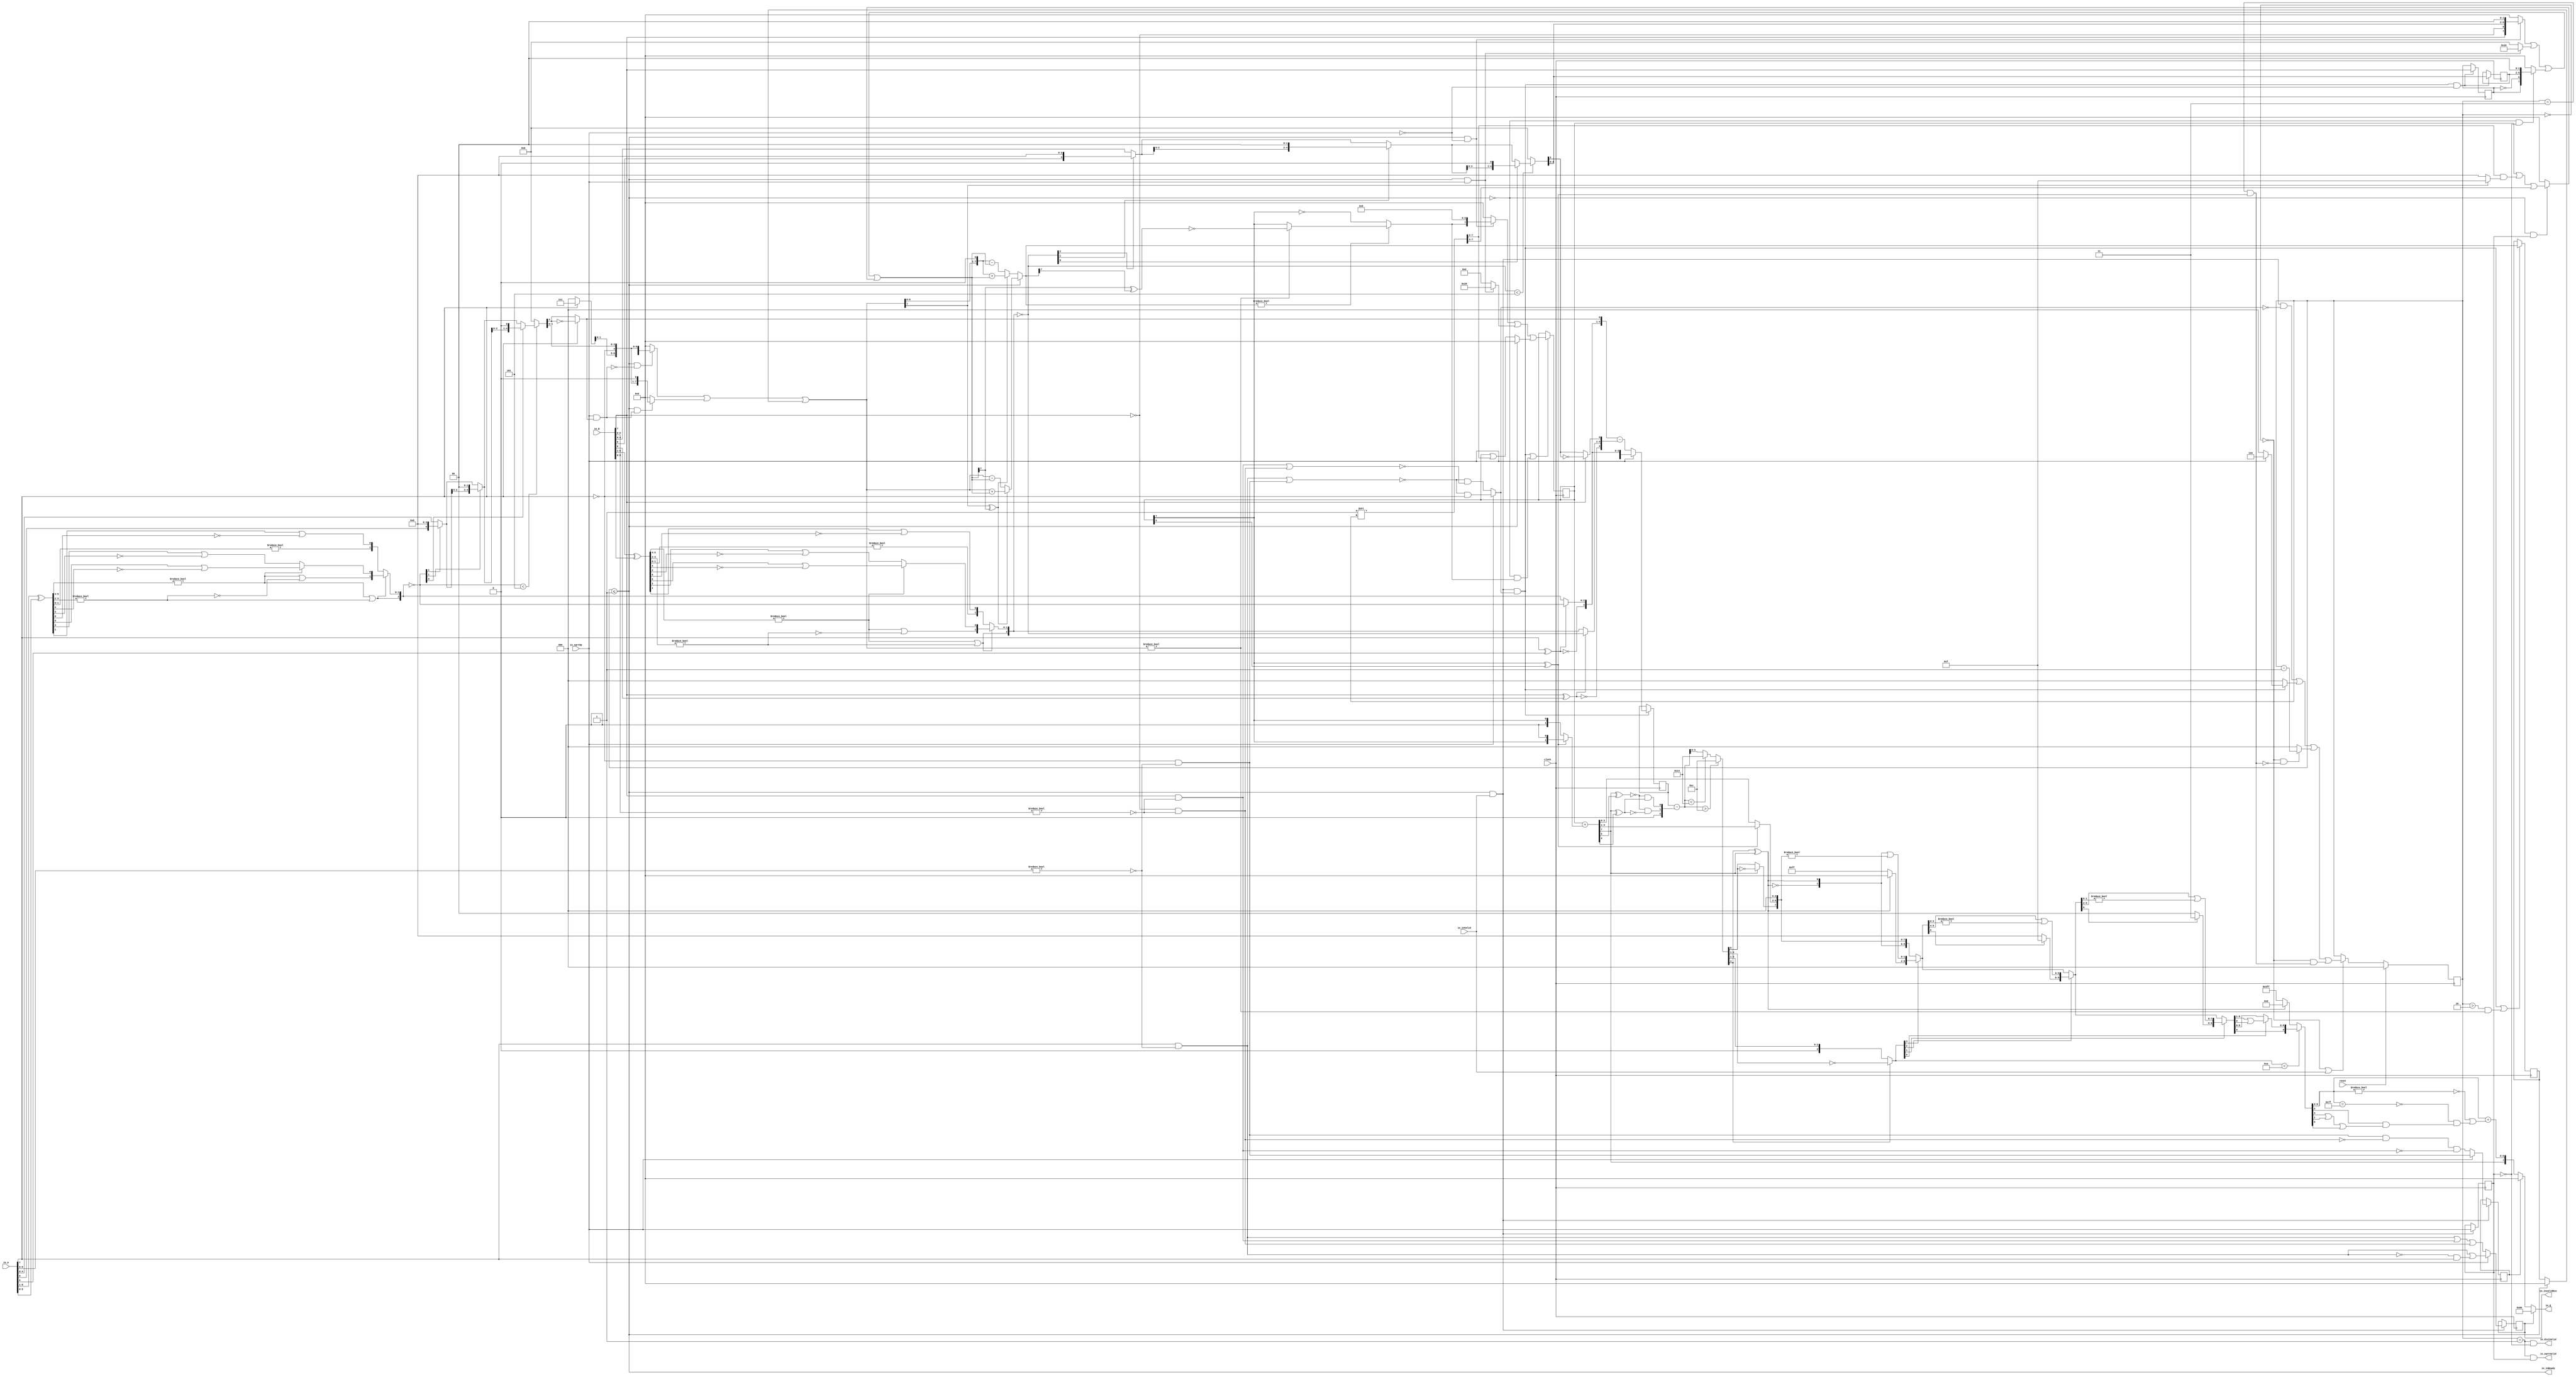
module PositDivSqrter8_1(
  input        clock,
  input        reset,
  output       io_inReady,
  input        io_inValid,
  input        io_sqrtOp,
  input  [7:0] io_A,
  input  [7:0] io_B,
  output       io_diviValid,
  output       io_sqrtValid,
  output       io_invalidExc,
  output [7:0] io_Q
);
  reg [2:0] cycleNum; // @[PositDivisionSqrt.scala 63:26]
  reg [31:0] _RAND_0;
  reg  sqrtOp_Z; // @[PositDivisionSqrt.scala 65:22]
  reg [31:0] _RAND_1;
  reg  isNaR_Z; // @[PositDivisionSqrt.scala 66:22]
  reg [31:0] _RAND_2;
  reg  isZero_Z; // @[PositDivisionSqrt.scala 67:22]
  reg [31:0] _RAND_3;
  reg [5:0] scale_Z; // @[PositDivisionSqrt.scala 68:22]
  reg [31:0] _RAND_4;
  reg  signB_Z; // @[PositDivisionSqrt.scala 69:28]
  reg [31:0] _RAND_5;
  reg [3:0] fractB_Z; // @[PositDivisionSqrt.scala 70:22]
  reg [31:0] _RAND_6;
  reg [7:0] rem_Z; // @[PositDivisionSqrt.scala 71:22]
  reg [31:0] _RAND_7;
  reg [7:0] sigX_Z; // @[PositDivisionSqrt.scala 72:22]
  reg [31:0] _RAND_8;
  wire  _T_1; // @[convert.scala 18:24]
  wire  _T_2; // @[convert.scala 18:40]
  wire  _T_3; // @[convert.scala 18:36]
  wire [5:0] _T_4; // @[convert.scala 19:24]
  wire [5:0] _T_5; // @[convert.scala 19:43]
  wire [5:0] _T_6; // @[convert.scala 19:39]
  wire [3:0] _T_7; // @[LZD.scala 43:32]
  wire [1:0] _T_8; // @[LZD.scala 43:32]
  wire  _T_9; // @[LZD.scala 39:14]
  wire  _T_10; // @[LZD.scala 39:21]
  wire  _T_11; // @[LZD.scala 39:30]
  wire  _T_12; // @[LZD.scala 39:27]
  wire  _T_13; // @[LZD.scala 39:25]
  wire [1:0] _T_14; // @[Cat.scala 29:58]
  wire [1:0] _T_15; // @[LZD.scala 44:32]
  wire  _T_16; // @[LZD.scala 39:14]
  wire  _T_17; // @[LZD.scala 39:21]
  wire  _T_18; // @[LZD.scala 39:30]
  wire  _T_19; // @[LZD.scala 39:27]
  wire  _T_20; // @[LZD.scala 39:25]
  wire [1:0] _T_21; // @[Cat.scala 29:58]
  wire  _T_22; // @[Shift.scala 12:21]
  wire  _T_23; // @[Shift.scala 12:21]
  wire  _T_24; // @[LZD.scala 49:16]
  wire  _T_25; // @[LZD.scala 49:27]
  wire  _T_26; // @[LZD.scala 49:25]
  wire  _T_27; // @[LZD.scala 49:47]
  wire  _T_28; // @[LZD.scala 49:59]
  wire  _T_29; // @[LZD.scala 49:35]
  wire [2:0] _T_31; // @[Cat.scala 29:58]
  wire [1:0] _T_32; // @[LZD.scala 44:32]
  wire  _T_33; // @[LZD.scala 39:14]
  wire  _T_34; // @[LZD.scala 39:21]
  wire  _T_35; // @[LZD.scala 39:30]
  wire  _T_36; // @[LZD.scala 39:27]
  wire  _T_37; // @[LZD.scala 39:25]
  wire [1:0] _T_38; // @[Cat.scala 29:58]
  wire  _T_39; // @[Shift.scala 12:21]
  wire [1:0] _T_41; // @[LZD.scala 55:32]
  wire [1:0] _T_42; // @[LZD.scala 55:20]
  wire [2:0] _T_43; // @[Cat.scala 29:58]
  wire [2:0] _T_44; // @[convert.scala 21:22]
  wire [4:0] _T_45; // @[convert.scala 22:36]
  wire  _T_46; // @[Shift.scala 16:24]
  wire  _T_48; // @[Shift.scala 12:21]
  wire  _T_49; // @[Shift.scala 64:52]
  wire [4:0] _T_51; // @[Cat.scala 29:58]
  wire [4:0] _T_52; // @[Shift.scala 64:27]
  wire [1:0] _T_53; // @[Shift.scala 66:70]
  wire  _T_54; // @[Shift.scala 12:21]
  wire [2:0] _T_55; // @[Shift.scala 64:52]
  wire [4:0] _T_57; // @[Cat.scala 29:58]
  wire [4:0] _T_58; // @[Shift.scala 64:27]
  wire  _T_59; // @[Shift.scala 66:70]
  wire [3:0] _T_61; // @[Shift.scala 64:52]
  wire [4:0] _T_62; // @[Cat.scala 29:58]
  wire [4:0] _T_63; // @[Shift.scala 64:27]
  wire [4:0] _T_64; // @[Shift.scala 16:10]
  wire  _T_65; // @[convert.scala 23:34]
  wire [3:0] decA_fraction; // @[convert.scala 24:34]
  wire  _T_67; // @[convert.scala 25:26]
  wire [2:0] _T_69; // @[convert.scala 25:42]
  wire  _T_72; // @[convert.scala 26:67]
  wire  _T_73; // @[convert.scala 26:51]
  wire [4:0] _T_74; // @[Cat.scala 29:58]
  wire [6:0] _T_76; // @[convert.scala 29:56]
  wire  _T_77; // @[convert.scala 29:60]
  wire  _T_78; // @[convert.scala 29:41]
  wire  decA_isNaR; // @[convert.scala 29:39]
  wire  _T_81; // @[convert.scala 30:19]
  wire  decA_isZero; // @[convert.scala 30:41]
  wire [4:0] decA_scale; // @[convert.scala 32:24]
  wire  _T_90; // @[convert.scala 18:24]
  wire  _T_91; // @[convert.scala 18:40]
  wire  _T_92; // @[convert.scala 18:36]
  wire [5:0] _T_93; // @[convert.scala 19:24]
  wire [5:0] _T_94; // @[convert.scala 19:43]
  wire [5:0] _T_95; // @[convert.scala 19:39]
  wire [3:0] _T_96; // @[LZD.scala 43:32]
  wire [1:0] _T_97; // @[LZD.scala 43:32]
  wire  _T_98; // @[LZD.scala 39:14]
  wire  _T_99; // @[LZD.scala 39:21]
  wire  _T_100; // @[LZD.scala 39:30]
  wire  _T_101; // @[LZD.scala 39:27]
  wire  _T_102; // @[LZD.scala 39:25]
  wire [1:0] _T_103; // @[Cat.scala 29:58]
  wire [1:0] _T_104; // @[LZD.scala 44:32]
  wire  _T_105; // @[LZD.scala 39:14]
  wire  _T_106; // @[LZD.scala 39:21]
  wire  _T_107; // @[LZD.scala 39:30]
  wire  _T_108; // @[LZD.scala 39:27]
  wire  _T_109; // @[LZD.scala 39:25]
  wire [1:0] _T_110; // @[Cat.scala 29:58]
  wire  _T_111; // @[Shift.scala 12:21]
  wire  _T_112; // @[Shift.scala 12:21]
  wire  _T_113; // @[LZD.scala 49:16]
  wire  _T_114; // @[LZD.scala 49:27]
  wire  _T_115; // @[LZD.scala 49:25]
  wire  _T_116; // @[LZD.scala 49:47]
  wire  _T_117; // @[LZD.scala 49:59]
  wire  _T_118; // @[LZD.scala 49:35]
  wire [2:0] _T_120; // @[Cat.scala 29:58]
  wire [1:0] _T_121; // @[LZD.scala 44:32]
  wire  _T_122; // @[LZD.scala 39:14]
  wire  _T_123; // @[LZD.scala 39:21]
  wire  _T_124; // @[LZD.scala 39:30]
  wire  _T_125; // @[LZD.scala 39:27]
  wire  _T_126; // @[LZD.scala 39:25]
  wire [1:0] _T_127; // @[Cat.scala 29:58]
  wire  _T_128; // @[Shift.scala 12:21]
  wire [1:0] _T_130; // @[LZD.scala 55:32]
  wire [1:0] _T_131; // @[LZD.scala 55:20]
  wire [2:0] _T_132; // @[Cat.scala 29:58]
  wire [2:0] _T_133; // @[convert.scala 21:22]
  wire [4:0] _T_134; // @[convert.scala 22:36]
  wire  _T_135; // @[Shift.scala 16:24]
  wire  _T_137; // @[Shift.scala 12:21]
  wire  _T_138; // @[Shift.scala 64:52]
  wire [4:0] _T_140; // @[Cat.scala 29:58]
  wire [4:0] _T_141; // @[Shift.scala 64:27]
  wire [1:0] _T_142; // @[Shift.scala 66:70]
  wire  _T_143; // @[Shift.scala 12:21]
  wire [2:0] _T_144; // @[Shift.scala 64:52]
  wire [4:0] _T_146; // @[Cat.scala 29:58]
  wire [4:0] _T_147; // @[Shift.scala 64:27]
  wire  _T_148; // @[Shift.scala 66:70]
  wire [3:0] _T_150; // @[Shift.scala 64:52]
  wire [4:0] _T_151; // @[Cat.scala 29:58]
  wire [4:0] _T_152; // @[Shift.scala 64:27]
  wire [4:0] _T_153; // @[Shift.scala 16:10]
  wire  _T_154; // @[convert.scala 23:34]
  wire [3:0] decB_fraction; // @[convert.scala 24:34]
  wire  _T_156; // @[convert.scala 25:26]
  wire [2:0] _T_158; // @[convert.scala 25:42]
  wire  _T_161; // @[convert.scala 26:67]
  wire  _T_162; // @[convert.scala 26:51]
  wire [4:0] _T_163; // @[Cat.scala 29:58]
  wire [6:0] _T_165; // @[convert.scala 29:56]
  wire  _T_166; // @[convert.scala 29:60]
  wire  _T_167; // @[convert.scala 29:41]
  wire  decB_isNaR; // @[convert.scala 29:39]
  wire  _T_170; // @[convert.scala 30:19]
  wire  decB_isZero; // @[convert.scala 30:41]
  wire [4:0] decB_scale; // @[convert.scala 32:24]
  wire [2:0] _T_179; // @[Bitwise.scala 71:12]
  wire  _T_180; // @[PositDivisionSqrt.scala 80:40]
  wire [7:0] sigA_S; // @[Cat.scala 29:58]
  wire  _T_182; // @[PositDivisionSqrt.scala 82:31]
  wire [7:0] sigB_S; // @[Cat.scala 29:58]
  wire  _T_185; // @[PositDivisionSqrt.scala 85:25]
  wire  invalidSqrt; // @[PositDivisionSqrt.scala 85:37]
  wire  _T_186; // @[PositDivisionSqrt.scala 88:42]
  wire  _T_187; // @[PositDivisionSqrt.scala 89:42]
  wire  _T_188; // @[PositDivisionSqrt.scala 89:56]
  wire  _T_189; // @[PositDivisionSqrt.scala 94:46]
  wire  _T_190; // @[PositDivisionSqrt.scala 94:43]
  wire  _T_191; // @[PositDivisionSqrt.scala 94:62]
  wire  _T_192; // @[PositDivisionSqrt.scala 94:59]
  wire  specialCaseA_S; // @[PositDivisionSqrt.scala 97:38]
  wire  specialCaseB_S; // @[PositDivisionSqrt.scala 98:38]
  wire  _T_193; // @[PositDivisionSqrt.scala 99:27]
  wire  _T_194; // @[PositDivisionSqrt.scala 99:46]
  wire  normalCase_S_div; // @[PositDivisionSqrt.scala 99:43]
  wire  normalCase_S_sqrt; // @[PositDivisionSqrt.scala 100:43]
  wire  normalCase_S; // @[PositDivisionSqrt.scala 101:30]
  wire [5:0] sExpQuot_S_div; // @[PositDivisionSqrt.scala 103:38]
  wire  _T_197; // @[PositDivisionSqrt.scala 104:50]
  wire  oddSqrt_S; // @[PositDivisionSqrt.scala 104:37]
  wire  idle; // @[PositDivisionSqrt.scala 109:39]
  wire  ready; // @[PositDivisionSqrt.scala 110:39]
  wire  entering; // @[PositDivisionSqrt.scala 111:35]
  wire  entering_normalCase; // @[PositDivisionSqrt.scala 112:38]
  wire  _T_198; // @[PositDivisionSqrt.scala 113:35]
  wire  _T_199; // @[PositDivisionSqrt.scala 113:58]
  wire  scaleNotChange; // @[PositDivisionSqrt.scala 113:50]
  wire  _T_200; // @[PositDivisionSqrt.scala 114:39]
  wire  skipCycle2; // @[PositDivisionSqrt.scala 114:48]
  wire  _T_201; // @[PositDivisionSqrt.scala 116:8]
  wire  _T_202; // @[PositDivisionSqrt.scala 116:14]
  wire  _T_203; // @[PositDivisionSqrt.scala 117:32]
  wire  _T_204; // @[PositDivisionSqrt.scala 117:30]
  wire [3:0] _T_206; // @[PositDivisionSqrt.scala 119:26]
  wire [3:0] _T_207; // @[PositDivisionSqrt.scala 118:20]
  wire [3:0] _GEN_9; // @[PositDivisionSqrt.scala 117:64]
  wire [3:0] _T_208; // @[PositDivisionSqrt.scala 117:64]
  wire  _T_210; // @[PositDivisionSqrt.scala 123:30]
  wire  _T_211; // @[PositDivisionSqrt.scala 123:27]
  wire [2:0] _T_213; // @[PositDivisionSqrt.scala 123:52]
  wire [2:0] _T_214; // @[PositDivisionSqrt.scala 123:20]
  wire [3:0] _GEN_10; // @[PositDivisionSqrt.scala 122:64]
  wire [3:0] _T_215; // @[PositDivisionSqrt.scala 122:64]
  wire  _T_217; // @[PositDivisionSqrt.scala 124:27]
  wire [3:0] _GEN_11; // @[PositDivisionSqrt.scala 123:64]
  wire [3:0] _T_219; // @[PositDivisionSqrt.scala 123:64]
  wire [3:0] _GEN_0; // @[PositDivisionSqrt.scala 116:29]
  wire [3:0] _T_220; // @[PositDivisionSqrt.scala 134:42]
  wire  _T_222; // @[PositDivisionSqrt.scala 137:31]
  wire  _T_223; // @[PositDivisionSqrt.scala 137:28]
  wire [7:0] _T_224; // @[PositDivisionSqrt.scala 146:22]
  wire [5:0] _T_225; // @[PositDivisionSqrt.scala 146:35]
  wire  _T_226; // @[PositDivisionSqrt.scala 148:26]
  wire  _T_227; // @[PositDivisionSqrt.scala 148:23]
  wire [7:0] _T_228; // @[PositDivisionSqrt.scala 148:16]
  wire  _T_229; // @[PositDivisionSqrt.scala 149:23]
  wire [8:0] _T_230; // @[PositDivisionSqrt.scala 149:46]
  wire [7:0] _T_231; // @[PositDivisionSqrt.scala 149:56]
  wire [7:0] _T_232; // @[PositDivisionSqrt.scala 149:16]
  wire [7:0] _T_233; // @[PositDivisionSqrt.scala 148:66]
  wire  _T_234; // @[PositDivisionSqrt.scala 150:17]
  wire [7:0] _T_235; // @[PositDivisionSqrt.scala 150:16]
  wire [7:0] rem; // @[PositDivisionSqrt.scala 149:66]
  wire  _T_237; // @[PositDivisionSqrt.scala 152:29]
  wire [7:0] _T_238; // @[PositDivisionSqrt.scala 152:22]
  wire  _T_239; // @[PositDivisionSqrt.scala 153:29]
  wire [4:0] _T_240; // @[PositDivisionSqrt.scala 153:22]
  wire [7:0] _GEN_12; // @[PositDivisionSqrt.scala 152:93]
  wire [7:0] _T_241; // @[PositDivisionSqrt.scala 152:93]
  wire  _T_243; // @[PositDivisionSqrt.scala 154:33]
  wire  _T_244; // @[PositDivisionSqrt.scala 154:30]
  wire  _T_245; // @[PositDivisionSqrt.scala 154:57]
  wire [7:0] _T_248; // @[Cat.scala 29:58]
  wire [7:0] _T_249; // @[PositDivisionSqrt.scala 154:22]
  wire [7:0] _T_250; // @[PositDivisionSqrt.scala 153:93]
  wire  _T_252; // @[PositDivisionSqrt.scala 155:30]
  wire  _T_253; // @[PositDivisionSqrt.scala 156:79]
  wire [3:0] _T_255; // @[Bitwise.scala 71:12]
  wire [6:0] bitMask; // @[PositDivisionSqrt.scala 145:21 PositDivisionSqrt.scala 146:14]
  wire [6:0] _GEN_13; // @[PositDivisionSqrt.scala 156:53]
  wire [6:0] _T_256; // @[PositDivisionSqrt.scala 156:53]
  wire [7:0] _GEN_14; // @[PositDivisionSqrt.scala 155:51]
  wire [7:0] _T_257; // @[PositDivisionSqrt.scala 155:51]
  wire [5:0] _T_258; // @[PositDivisionSqrt.scala 157:53]
  wire [7:0] _GEN_15; // @[PositDivisionSqrt.scala 156:85]
  wire [7:0] _T_259; // @[PositDivisionSqrt.scala 156:85]
  wire [7:0] _T_260; // @[PositDivisionSqrt.scala 155:22]
  wire [7:0] trialTerm; // @[PositDivisionSqrt.scala 154:93]
  wire  _T_262; // @[PositDivisionSqrt.scala 162:56]
  wire  _T_263; // @[PositDivisionSqrt.scala 162:40]
  wire [7:0] _T_266; // @[PositDivisionSqrt.scala 163:97]
  wire [7:0] _T_268; // @[PositDivisionSqrt.scala 164:97]
  wire [7:0] _T_269; // @[PositDivisionSqrt.scala 161:92]
  wire [8:0] _T_274; // @[PositDivisionSqrt.scala 168:98]
  wire [7:0] _T_275; // @[PositDivisionSqrt.scala 168:108]
  wire [7:0] _T_277; // @[PositDivisionSqrt.scala 168:112]
  wire [7:0] _T_281; // @[PositDivisionSqrt.scala 169:112]
  wire [7:0] _T_282; // @[PositDivisionSqrt.scala 166:26]
  wire [7:0] trialRem; // @[PositDivisionSqrt.scala 159:27]
  wire  _T_283; // @[PositDivisionSqrt.scala 173:35]
  wire  trIsZero; // @[PositDivisionSqrt.scala 173:25]
  wire  _T_284; // @[PositDivisionSqrt.scala 174:30]
  wire  remIsZero; // @[PositDivisionSqrt.scala 174:25]
  wire  _T_286; // @[PositDivisionSqrt.scala 176:64]
  wire  _T_287; // @[PositDivisionSqrt.scala 176:49]
  wire  _T_288; // @[PositDivisionSqrt.scala 176:29]
  wire  _T_289; // @[PositDivisionSqrt.scala 178:61]
  wire  _T_290; // @[PositDivisionSqrt.scala 178:49]
  wire  _T_292; // @[Mux.scala 87:16]
  wire  newBit; // @[Mux.scala 87:16]
  wire  _T_293; // @[PositDivisionSqrt.scala 183:41]
  wire  _T_294; // @[PositDivisionSqrt.scala 183:51]
  wire  _T_295; // @[PositDivisionSqrt.scala 183:48]
  wire  _T_296; // @[PositDivisionSqrt.scala 183:28]
  wire  _T_299; // @[PositDivisionSqrt.scala 187:39]
  wire  _T_300; // @[PositDivisionSqrt.scala 187:28]
  wire [7:0] _T_303; // @[PositDivisionSqrt.scala 188:47]
  wire [7:0] _T_304; // @[PositDivisionSqrt.scala 188:18]
  wire [5:0] _T_306; // @[PositDivisionSqrt.scala 189:18]
  wire [7:0] _GEN_16; // @[PositDivisionSqrt.scala 188:72]
  wire [7:0] _T_307; // @[PositDivisionSqrt.scala 188:72]
  wire [7:0] _GEN_17; // @[PositDivisionSqrt.scala 190:47]
  wire [7:0] _T_309; // @[PositDivisionSqrt.scala 190:47]
  wire [7:0] _T_310; // @[PositDivisionSqrt.scala 190:18]
  wire [7:0] _T_311; // @[PositDivisionSqrt.scala 189:72]
  wire [1:0] _T_313; // @[PositDivisionSqrt.scala 196:53]
  wire [1:0] sigXBias; // @[PositDivisionSqrt.scala 196:21]
  wire [7:0] _GEN_18; // @[PositDivisionSqrt.scala 197:25]
  wire [7:0] realSigX; // @[PositDivisionSqrt.scala 197:25]
  wire [3:0] _T_316; // @[PositDivisionSqrt.scala 200:97]
  wire [3:0] _T_317; // @[PositDivisionSqrt.scala 201:97]
  wire [3:0] realFrac; // @[PositDivisionSqrt.scala 198:21]
  wire  _T_318; // @[PositDivisionSqrt.scala 205:33]
  wire  _T_319; // @[PositDivisionSqrt.scala 205:58]
  wire  _T_320; // @[PositDivisionSqrt.scala 205:48]
  wire  scaleNeedSub; // @[PositDivisionSqrt.scala 205:23]
  wire  _T_322; // @[PositDivisionSqrt.scala 206:56]
  wire  notNeedSubTwo; // @[PositDivisionSqrt.scala 206:46]
  wire  scaleSubOne; // @[PositDivisionSqrt.scala 207:36]
  wire  _T_323; // @[PositDivisionSqrt.scala 208:38]
  wire  scaleSubTwo; // @[PositDivisionSqrt.scala 208:36]
  wire [1:0] _T_324; // @[Cat.scala 29:58]
  wire [2:0] _T_325; // @[PositDivisionSqrt.scala 209:63]
  wire [5:0] _GEN_19; // @[PositDivisionSqrt.scala 209:31]
  wire [5:0] _T_327; // @[PositDivisionSqrt.scala 209:31]
  wire [5:0] realExp; // @[PositDivisionSqrt.scala 209:31]
  wire  underflow; // @[PositDivisionSqrt.scala 210:31]
  wire  overflow; // @[PositDivisionSqrt.scala 211:31]
  wire  decQ_sign; // @[PositDivisionSqrt.scala 215:33]
  wire [5:0] _T_329; // @[Mux.scala 87:16]
  wire [5:0] _T_330; // @[Mux.scala 87:16]
  wire  outValid; // @[PositDivisionSqrt.scala 229:28]
  wire [4:0] _GEN_20; // @[PositDivisionSqrt.scala 204:27 PositDivisionSqrt.scala 216:23]
  wire [4:0] decQ_scale; // @[PositDivisionSqrt.scala 204:27 PositDivisionSqrt.scala 216:23]
  wire  _T_335; // @[convert.scala 46:61]
  wire  _T_336; // @[convert.scala 46:52]
  wire  _T_338; // @[convert.scala 46:42]
  wire [3:0] _T_339; // @[convert.scala 48:34]
  wire  _T_340; // @[convert.scala 49:36]
  wire [3:0] _T_342; // @[convert.scala 50:36]
  wire [3:0] _T_343; // @[convert.scala 50:36]
  wire [3:0] _T_344; // @[convert.scala 50:28]
  wire  _T_345; // @[convert.scala 51:31]
  wire  _T_346; // @[convert.scala 52:43]
  wire [9:0] _T_350; // @[Cat.scala 29:58]
  wire [3:0] _T_351; // @[Shift.scala 39:17]
  wire  _T_352; // @[Shift.scala 39:24]
  wire [1:0] _T_354; // @[Shift.scala 90:30]
  wire [7:0] _T_355; // @[Shift.scala 90:48]
  wire  _T_356; // @[Shift.scala 90:57]
  wire [1:0] _GEN_21; // @[Shift.scala 90:39]
  wire [1:0] _T_357; // @[Shift.scala 90:39]
  wire  _T_358; // @[Shift.scala 12:21]
  wire  _T_359; // @[Shift.scala 12:21]
  wire [7:0] _T_361; // @[Bitwise.scala 71:12]
  wire [9:0] _T_362; // @[Cat.scala 29:58]
  wire [9:0] _T_363; // @[Shift.scala 91:22]
  wire [2:0] _T_364; // @[Shift.scala 92:77]
  wire [5:0] _T_365; // @[Shift.scala 90:30]
  wire [3:0] _T_366; // @[Shift.scala 90:48]
  wire  _T_367; // @[Shift.scala 90:57]
  wire [5:0] _GEN_22; // @[Shift.scala 90:39]
  wire [5:0] _T_368; // @[Shift.scala 90:39]
  wire  _T_369; // @[Shift.scala 12:21]
  wire  _T_370; // @[Shift.scala 12:21]
  wire [3:0] _T_372; // @[Bitwise.scala 71:12]
  wire [9:0] _T_373; // @[Cat.scala 29:58]
  wire [9:0] _T_374; // @[Shift.scala 91:22]
  wire [1:0] _T_375; // @[Shift.scala 92:77]
  wire [7:0] _T_376; // @[Shift.scala 90:30]
  wire [1:0] _T_377; // @[Shift.scala 90:48]
  wire  _T_378; // @[Shift.scala 90:57]
  wire [7:0] _GEN_23; // @[Shift.scala 90:39]
  wire [7:0] _T_379; // @[Shift.scala 90:39]
  wire  _T_380; // @[Shift.scala 12:21]
  wire  _T_381; // @[Shift.scala 12:21]
  wire [1:0] _T_383; // @[Bitwise.scala 71:12]
  wire [9:0] _T_384; // @[Cat.scala 29:58]
  wire [9:0] _T_385; // @[Shift.scala 91:22]
  wire  _T_386; // @[Shift.scala 92:77]
  wire [8:0] _T_387; // @[Shift.scala 90:30]
  wire  _T_388; // @[Shift.scala 90:48]
  wire [8:0] _GEN_24; // @[Shift.scala 90:39]
  wire [8:0] _T_390; // @[Shift.scala 90:39]
  wire  _T_392; // @[Shift.scala 12:21]
  wire [9:0] _T_393; // @[Cat.scala 29:58]
  wire [9:0] _T_394; // @[Shift.scala 91:22]
  wire [9:0] _T_397; // @[Bitwise.scala 71:12]
  wire [9:0] _T_398; // @[Shift.scala 39:10]
  wire  _T_399; // @[convert.scala 55:31]
  wire  _T_400; // @[convert.scala 56:31]
  wire  _T_401; // @[convert.scala 57:31]
  wire  _T_402; // @[convert.scala 58:31]
  wire [6:0] _T_403; // @[convert.scala 59:69]
  wire  _T_404; // @[convert.scala 59:81]
  wire  _T_405; // @[convert.scala 59:50]
  wire  _T_407; // @[convert.scala 60:81]
  wire  _T_408; // @[convert.scala 61:44]
  wire  _T_409; // @[convert.scala 61:52]
  wire  _T_410; // @[convert.scala 61:36]
  wire  _T_411; // @[convert.scala 62:63]
  wire  _T_412; // @[convert.scala 62:103]
  wire  _T_413; // @[convert.scala 62:60]
  wire [6:0] _GEN_25; // @[convert.scala 63:56]
  wire [6:0] _T_416; // @[convert.scala 63:56]
  wire [7:0] _T_417; // @[Cat.scala 29:58]
  wire [7:0] _T_419; // @[Mux.scala 87:16]
  assign _T_1 = io_A[7]; // @[convert.scala 18:24]
  assign _T_2 = io_A[6]; // @[convert.scala 18:40]
  assign _T_3 = _T_1 ^ _T_2; // @[convert.scala 18:36]
  assign _T_4 = io_A[6:1]; // @[convert.scala 19:24]
  assign _T_5 = io_A[5:0]; // @[convert.scala 19:43]
  assign _T_6 = _T_4 ^ _T_5; // @[convert.scala 19:39]
  assign _T_7 = _T_6[5:2]; // @[LZD.scala 43:32]
  assign _T_8 = _T_7[3:2]; // @[LZD.scala 43:32]
  assign _T_9 = _T_8 != 2'h0; // @[LZD.scala 39:14]
  assign _T_10 = _T_8[1]; // @[LZD.scala 39:21]
  assign _T_11 = _T_8[0]; // @[LZD.scala 39:30]
  assign _T_12 = ~ _T_11; // @[LZD.scala 39:27]
  assign _T_13 = _T_10 | _T_12; // @[LZD.scala 39:25]
  assign _T_14 = {_T_9,_T_13}; // @[Cat.scala 29:58]
  assign _T_15 = _T_7[1:0]; // @[LZD.scala 44:32]
  assign _T_16 = _T_15 != 2'h0; // @[LZD.scala 39:14]
  assign _T_17 = _T_15[1]; // @[LZD.scala 39:21]
  assign _T_18 = _T_15[0]; // @[LZD.scala 39:30]
  assign _T_19 = ~ _T_18; // @[LZD.scala 39:27]
  assign _T_20 = _T_17 | _T_19; // @[LZD.scala 39:25]
  assign _T_21 = {_T_16,_T_20}; // @[Cat.scala 29:58]
  assign _T_22 = _T_14[1]; // @[Shift.scala 12:21]
  assign _T_23 = _T_21[1]; // @[Shift.scala 12:21]
  assign _T_24 = _T_22 | _T_23; // @[LZD.scala 49:16]
  assign _T_25 = ~ _T_23; // @[LZD.scala 49:27]
  assign _T_26 = _T_22 | _T_25; // @[LZD.scala 49:25]
  assign _T_27 = _T_14[0:0]; // @[LZD.scala 49:47]
  assign _T_28 = _T_21[0:0]; // @[LZD.scala 49:59]
  assign _T_29 = _T_22 ? _T_27 : _T_28; // @[LZD.scala 49:35]
  assign _T_31 = {_T_24,_T_26,_T_29}; // @[Cat.scala 29:58]
  assign _T_32 = _T_6[1:0]; // @[LZD.scala 44:32]
  assign _T_33 = _T_32 != 2'h0; // @[LZD.scala 39:14]
  assign _T_34 = _T_32[1]; // @[LZD.scala 39:21]
  assign _T_35 = _T_32[0]; // @[LZD.scala 39:30]
  assign _T_36 = ~ _T_35; // @[LZD.scala 39:27]
  assign _T_37 = _T_34 | _T_36; // @[LZD.scala 39:25]
  assign _T_38 = {_T_33,_T_37}; // @[Cat.scala 29:58]
  assign _T_39 = _T_31[2]; // @[Shift.scala 12:21]
  assign _T_41 = _T_31[1:0]; // @[LZD.scala 55:32]
  assign _T_42 = _T_39 ? _T_41 : _T_38; // @[LZD.scala 55:20]
  assign _T_43 = {_T_39,_T_42}; // @[Cat.scala 29:58]
  assign _T_44 = ~ _T_43; // @[convert.scala 21:22]
  assign _T_45 = io_A[4:0]; // @[convert.scala 22:36]
  assign _T_46 = _T_44 < 3'h5; // @[Shift.scala 16:24]
  assign _T_48 = _T_44[2]; // @[Shift.scala 12:21]
  assign _T_49 = _T_45[0:0]; // @[Shift.scala 64:52]
  assign _T_51 = {_T_49,4'h0}; // @[Cat.scala 29:58]
  assign _T_52 = _T_48 ? _T_51 : _T_45; // @[Shift.scala 64:27]
  assign _T_53 = _T_44[1:0]; // @[Shift.scala 66:70]
  assign _T_54 = _T_53[1]; // @[Shift.scala 12:21]
  assign _T_55 = _T_52[2:0]; // @[Shift.scala 64:52]
  assign _T_57 = {_T_55,2'h0}; // @[Cat.scala 29:58]
  assign _T_58 = _T_54 ? _T_57 : _T_52; // @[Shift.scala 64:27]
  assign _T_59 = _T_53[0:0]; // @[Shift.scala 66:70]
  assign _T_61 = _T_58[3:0]; // @[Shift.scala 64:52]
  assign _T_62 = {_T_61,1'h0}; // @[Cat.scala 29:58]
  assign _T_63 = _T_59 ? _T_62 : _T_58; // @[Shift.scala 64:27]
  assign _T_64 = _T_46 ? _T_63 : 5'h0; // @[Shift.scala 16:10]
  assign _T_65 = _T_64[4:4]; // @[convert.scala 23:34]
  assign decA_fraction = _T_64[3:0]; // @[convert.scala 24:34]
  assign _T_67 = _T_3 == 1'h0; // @[convert.scala 25:26]
  assign _T_69 = _T_3 ? _T_44 : _T_43; // @[convert.scala 25:42]
  assign _T_72 = ~ _T_65; // @[convert.scala 26:67]
  assign _T_73 = _T_1 ? _T_72 : _T_65; // @[convert.scala 26:51]
  assign _T_74 = {_T_67,_T_69,_T_73}; // @[Cat.scala 29:58]
  assign _T_76 = io_A[6:0]; // @[convert.scala 29:56]
  assign _T_77 = _T_76 != 7'h0; // @[convert.scala 29:60]
  assign _T_78 = ~ _T_77; // @[convert.scala 29:41]
  assign decA_isNaR = _T_1 & _T_78; // @[convert.scala 29:39]
  assign _T_81 = _T_1 == 1'h0; // @[convert.scala 30:19]
  assign decA_isZero = _T_81 & _T_78; // @[convert.scala 30:41]
  assign decA_scale = $signed(_T_74); // @[convert.scala 32:24]
  assign _T_90 = io_B[7]; // @[convert.scala 18:24]
  assign _T_91 = io_B[6]; // @[convert.scala 18:40]
  assign _T_92 = _T_90 ^ _T_91; // @[convert.scala 18:36]
  assign _T_93 = io_B[6:1]; // @[convert.scala 19:24]
  assign _T_94 = io_B[5:0]; // @[convert.scala 19:43]
  assign _T_95 = _T_93 ^ _T_94; // @[convert.scala 19:39]
  assign _T_96 = _T_95[5:2]; // @[LZD.scala 43:32]
  assign _T_97 = _T_96[3:2]; // @[LZD.scala 43:32]
  assign _T_98 = _T_97 != 2'h0; // @[LZD.scala 39:14]
  assign _T_99 = _T_97[1]; // @[LZD.scala 39:21]
  assign _T_100 = _T_97[0]; // @[LZD.scala 39:30]
  assign _T_101 = ~ _T_100; // @[LZD.scala 39:27]
  assign _T_102 = _T_99 | _T_101; // @[LZD.scala 39:25]
  assign _T_103 = {_T_98,_T_102}; // @[Cat.scala 29:58]
  assign _T_104 = _T_96[1:0]; // @[LZD.scala 44:32]
  assign _T_105 = _T_104 != 2'h0; // @[LZD.scala 39:14]
  assign _T_106 = _T_104[1]; // @[LZD.scala 39:21]
  assign _T_107 = _T_104[0]; // @[LZD.scala 39:30]
  assign _T_108 = ~ _T_107; // @[LZD.scala 39:27]
  assign _T_109 = _T_106 | _T_108; // @[LZD.scala 39:25]
  assign _T_110 = {_T_105,_T_109}; // @[Cat.scala 29:58]
  assign _T_111 = _T_103[1]; // @[Shift.scala 12:21]
  assign _T_112 = _T_110[1]; // @[Shift.scala 12:21]
  assign _T_113 = _T_111 | _T_112; // @[LZD.scala 49:16]
  assign _T_114 = ~ _T_112; // @[LZD.scala 49:27]
  assign _T_115 = _T_111 | _T_114; // @[LZD.scala 49:25]
  assign _T_116 = _T_103[0:0]; // @[LZD.scala 49:47]
  assign _T_117 = _T_110[0:0]; // @[LZD.scala 49:59]
  assign _T_118 = _T_111 ? _T_116 : _T_117; // @[LZD.scala 49:35]
  assign _T_120 = {_T_113,_T_115,_T_118}; // @[Cat.scala 29:58]
  assign _T_121 = _T_95[1:0]; // @[LZD.scala 44:32]
  assign _T_122 = _T_121 != 2'h0; // @[LZD.scala 39:14]
  assign _T_123 = _T_121[1]; // @[LZD.scala 39:21]
  assign _T_124 = _T_121[0]; // @[LZD.scala 39:30]
  assign _T_125 = ~ _T_124; // @[LZD.scala 39:27]
  assign _T_126 = _T_123 | _T_125; // @[LZD.scala 39:25]
  assign _T_127 = {_T_122,_T_126}; // @[Cat.scala 29:58]
  assign _T_128 = _T_120[2]; // @[Shift.scala 12:21]
  assign _T_130 = _T_120[1:0]; // @[LZD.scala 55:32]
  assign _T_131 = _T_128 ? _T_130 : _T_127; // @[LZD.scala 55:20]
  assign _T_132 = {_T_128,_T_131}; // @[Cat.scala 29:58]
  assign _T_133 = ~ _T_132; // @[convert.scala 21:22]
  assign _T_134 = io_B[4:0]; // @[convert.scala 22:36]
  assign _T_135 = _T_133 < 3'h5; // @[Shift.scala 16:24]
  assign _T_137 = _T_133[2]; // @[Shift.scala 12:21]
  assign _T_138 = _T_134[0:0]; // @[Shift.scala 64:52]
  assign _T_140 = {_T_138,4'h0}; // @[Cat.scala 29:58]
  assign _T_141 = _T_137 ? _T_140 : _T_134; // @[Shift.scala 64:27]
  assign _T_142 = _T_133[1:0]; // @[Shift.scala 66:70]
  assign _T_143 = _T_142[1]; // @[Shift.scala 12:21]
  assign _T_144 = _T_141[2:0]; // @[Shift.scala 64:52]
  assign _T_146 = {_T_144,2'h0}; // @[Cat.scala 29:58]
  assign _T_147 = _T_143 ? _T_146 : _T_141; // @[Shift.scala 64:27]
  assign _T_148 = _T_142[0:0]; // @[Shift.scala 66:70]
  assign _T_150 = _T_147[3:0]; // @[Shift.scala 64:52]
  assign _T_151 = {_T_150,1'h0}; // @[Cat.scala 29:58]
  assign _T_152 = _T_148 ? _T_151 : _T_147; // @[Shift.scala 64:27]
  assign _T_153 = _T_135 ? _T_152 : 5'h0; // @[Shift.scala 16:10]
  assign _T_154 = _T_153[4:4]; // @[convert.scala 23:34]
  assign decB_fraction = _T_153[3:0]; // @[convert.scala 24:34]
  assign _T_156 = _T_92 == 1'h0; // @[convert.scala 25:26]
  assign _T_158 = _T_92 ? _T_133 : _T_132; // @[convert.scala 25:42]
  assign _T_161 = ~ _T_154; // @[convert.scala 26:67]
  assign _T_162 = _T_90 ? _T_161 : _T_154; // @[convert.scala 26:51]
  assign _T_163 = {_T_156,_T_158,_T_162}; // @[Cat.scala 29:58]
  assign _T_165 = io_B[6:0]; // @[convert.scala 29:56]
  assign _T_166 = _T_165 != 7'h0; // @[convert.scala 29:60]
  assign _T_167 = ~ _T_166; // @[convert.scala 29:41]
  assign decB_isNaR = _T_90 & _T_167; // @[convert.scala 29:39]
  assign _T_170 = _T_90 == 1'h0; // @[convert.scala 30:19]
  assign decB_isZero = _T_170 & _T_167; // @[convert.scala 30:41]
  assign decB_scale = $signed(_T_163); // @[convert.scala 32:24]
  assign _T_179 = _T_1 ? 3'h7 : 3'h0; // @[Bitwise.scala 71:12]
  assign _T_180 = ~ _T_1; // @[PositDivisionSqrt.scala 80:40]
  assign sigA_S = {_T_179,_T_180,decA_fraction}; // @[Cat.scala 29:58]
  assign _T_182 = ~ _T_90; // @[PositDivisionSqrt.scala 82:31]
  assign sigB_S = {_T_90,_T_182,decB_fraction,2'h0}; // @[Cat.scala 29:58]
  assign _T_185 = decA_isNaR == 1'h0; // @[PositDivisionSqrt.scala 85:25]
  assign invalidSqrt = _T_185 & _T_1; // @[PositDivisionSqrt.scala 85:37]
  assign _T_186 = decA_isNaR | invalidSqrt; // @[PositDivisionSqrt.scala 88:42]
  assign _T_187 = decA_isNaR | decB_isNaR; // @[PositDivisionSqrt.scala 89:42]
  assign _T_188 = _T_187 | decB_isZero; // @[PositDivisionSqrt.scala 89:56]
  assign _T_189 = decB_isZero == 1'h0; // @[PositDivisionSqrt.scala 94:46]
  assign _T_190 = decA_isZero & _T_189; // @[PositDivisionSqrt.scala 94:43]
  assign _T_191 = decB_isNaR == 1'h0; // @[PositDivisionSqrt.scala 94:62]
  assign _T_192 = _T_190 & _T_191; // @[PositDivisionSqrt.scala 94:59]
  assign specialCaseA_S = decA_isNaR | decA_isZero; // @[PositDivisionSqrt.scala 97:38]
  assign specialCaseB_S = decB_isNaR | decB_isZero; // @[PositDivisionSqrt.scala 98:38]
  assign _T_193 = specialCaseA_S == 1'h0; // @[PositDivisionSqrt.scala 99:27]
  assign _T_194 = specialCaseB_S == 1'h0; // @[PositDivisionSqrt.scala 99:46]
  assign normalCase_S_div = _T_193 & _T_194; // @[PositDivisionSqrt.scala 99:43]
  assign normalCase_S_sqrt = _T_193 & _T_81; // @[PositDivisionSqrt.scala 100:43]
  assign normalCase_S = io_sqrtOp ? normalCase_S_sqrt : normalCase_S_div; // @[PositDivisionSqrt.scala 101:30]
  assign sExpQuot_S_div = $signed(decA_scale) - $signed(decB_scale); // @[PositDivisionSqrt.scala 103:38]
  assign _T_197 = decA_scale[0]; // @[PositDivisionSqrt.scala 104:50]
  assign oddSqrt_S = io_sqrtOp & _T_197; // @[PositDivisionSqrt.scala 104:37]
  assign idle = cycleNum == 3'h0; // @[PositDivisionSqrt.scala 109:39]
  assign ready = cycleNum <= 3'h1; // @[PositDivisionSqrt.scala 110:39]
  assign entering = ready & io_inValid; // @[PositDivisionSqrt.scala 111:35]
  assign entering_normalCase = entering & normalCase_S; // @[PositDivisionSqrt.scala 112:38]
  assign _T_198 = sigX_Z[7]; // @[PositDivisionSqrt.scala 113:35]
  assign _T_199 = sigX_Z[5]; // @[PositDivisionSqrt.scala 113:58]
  assign scaleNotChange = _T_198 ^ _T_199; // @[PositDivisionSqrt.scala 113:50]
  assign _T_200 = cycleNum == 3'h3; // @[PositDivisionSqrt.scala 114:39]
  assign skipCycle2 = _T_200 & scaleNotChange; // @[PositDivisionSqrt.scala 114:48]
  assign _T_201 = idle == 1'h0; // @[PositDivisionSqrt.scala 116:8]
  assign _T_202 = _T_201 | io_inValid; // @[PositDivisionSqrt.scala 116:14]
  assign _T_203 = normalCase_S == 1'h0; // @[PositDivisionSqrt.scala 117:32]
  assign _T_204 = entering & _T_203; // @[PositDivisionSqrt.scala 117:30]
  assign _T_206 = io_sqrtOp ? 4'h6 : 4'h8; // @[PositDivisionSqrt.scala 119:26]
  assign _T_207 = entering_normalCase ? _T_206 : 4'h0; // @[PositDivisionSqrt.scala 118:20]
  assign _GEN_9 = {{3'd0}, _T_204}; // @[PositDivisionSqrt.scala 117:64]
  assign _T_208 = _GEN_9 | _T_207; // @[PositDivisionSqrt.scala 117:64]
  assign _T_210 = skipCycle2 == 1'h0; // @[PositDivisionSqrt.scala 123:30]
  assign _T_211 = _T_201 & _T_210; // @[PositDivisionSqrt.scala 123:27]
  assign _T_213 = cycleNum - 3'h1; // @[PositDivisionSqrt.scala 123:52]
  assign _T_214 = _T_211 ? _T_213 : 3'h0; // @[PositDivisionSqrt.scala 123:20]
  assign _GEN_10 = {{1'd0}, _T_214}; // @[PositDivisionSqrt.scala 122:64]
  assign _T_215 = _T_208 | _GEN_10; // @[PositDivisionSqrt.scala 122:64]
  assign _T_217 = _T_201 & skipCycle2; // @[PositDivisionSqrt.scala 124:27]
  assign _GEN_11 = {{3'd0}, _T_217}; // @[PositDivisionSqrt.scala 123:64]
  assign _T_219 = _T_215 | _GEN_11; // @[PositDivisionSqrt.scala 123:64]
  assign _GEN_0 = _T_202 ? _T_219 : {{1'd0}, cycleNum}; // @[PositDivisionSqrt.scala 116:29]
  assign _T_220 = decA_scale[4:1]; // @[PositDivisionSqrt.scala 134:42]
  assign _T_222 = io_sqrtOp == 1'h0; // @[PositDivisionSqrt.scala 137:31]
  assign _T_223 = entering_normalCase & _T_222; // @[PositDivisionSqrt.scala 137:28]
  assign _T_224 = 8'h1 << cycleNum; // @[PositDivisionSqrt.scala 146:22]
  assign _T_225 = _T_224[7:2]; // @[PositDivisionSqrt.scala 146:35]
  assign _T_226 = oddSqrt_S == 1'h0; // @[PositDivisionSqrt.scala 148:26]
  assign _T_227 = ready & _T_226; // @[PositDivisionSqrt.scala 148:23]
  assign _T_228 = _T_227 ? sigA_S : 8'h0; // @[PositDivisionSqrt.scala 148:16]
  assign _T_229 = ready & oddSqrt_S; // @[PositDivisionSqrt.scala 149:23]
  assign _T_230 = {sigA_S, 1'h0}; // @[PositDivisionSqrt.scala 149:46]
  assign _T_231 = _T_230[7:0]; // @[PositDivisionSqrt.scala 149:56]
  assign _T_232 = _T_229 ? _T_231 : 8'h0; // @[PositDivisionSqrt.scala 149:16]
  assign _T_233 = _T_228 | _T_232; // @[PositDivisionSqrt.scala 148:66]
  assign _T_234 = ready == 1'h0; // @[PositDivisionSqrt.scala 150:17]
  assign _T_235 = _T_234 ? rem_Z : 8'h0; // @[PositDivisionSqrt.scala 150:16]
  assign rem = _T_233 | _T_235; // @[PositDivisionSqrt.scala 149:66]
  assign _T_237 = ready & _T_222; // @[PositDivisionSqrt.scala 152:29]
  assign _T_238 = _T_237 ? sigB_S : 8'h0; // @[PositDivisionSqrt.scala 152:22]
  assign _T_239 = ready & io_sqrtOp; // @[PositDivisionSqrt.scala 153:29]
  assign _T_240 = _T_239 ? 5'h10 : 5'h0; // @[PositDivisionSqrt.scala 153:22]
  assign _GEN_12 = {{3'd0}, _T_240}; // @[PositDivisionSqrt.scala 152:93]
  assign _T_241 = _T_238 | _GEN_12; // @[PositDivisionSqrt.scala 152:93]
  assign _T_243 = sqrtOp_Z == 1'h0; // @[PositDivisionSqrt.scala 154:33]
  assign _T_244 = _T_234 & _T_243; // @[PositDivisionSqrt.scala 154:30]
  assign _T_245 = ~ signB_Z; // @[PositDivisionSqrt.scala 154:57]
  assign _T_248 = {signB_Z,_T_245,fractB_Z,2'h0}; // @[Cat.scala 29:58]
  assign _T_249 = _T_244 ? _T_248 : 8'h0; // @[PositDivisionSqrt.scala 154:22]
  assign _T_250 = _T_241 | _T_249; // @[PositDivisionSqrt.scala 153:93]
  assign _T_252 = _T_234 & sqrtOp_Z; // @[PositDivisionSqrt.scala 155:30]
  assign _T_253 = rem[7:7]; // @[PositDivisionSqrt.scala 156:79]
  assign _T_255 = _T_253 ? 4'hf : 4'h0; // @[Bitwise.scala 71:12]
  assign bitMask = {{1'd0}, _T_225}; // @[PositDivisionSqrt.scala 145:21 PositDivisionSqrt.scala 146:14]
  assign _GEN_13 = {{3'd0}, _T_255}; // @[PositDivisionSqrt.scala 156:53]
  assign _T_256 = bitMask & _GEN_13; // @[PositDivisionSqrt.scala 156:53]
  assign _GEN_14 = {{1'd0}, _T_256}; // @[PositDivisionSqrt.scala 155:51]
  assign _T_257 = sigX_Z | _GEN_14; // @[PositDivisionSqrt.scala 155:51]
  assign _T_258 = bitMask[6:1]; // @[PositDivisionSqrt.scala 157:53]
  assign _GEN_15 = {{2'd0}, _T_258}; // @[PositDivisionSqrt.scala 156:85]
  assign _T_259 = _T_257 | _GEN_15; // @[PositDivisionSqrt.scala 156:85]
  assign _T_260 = _T_252 ? _T_259 : 8'h0; // @[PositDivisionSqrt.scala 155:22]
  assign trialTerm = _T_250 | _T_260; // @[PositDivisionSqrt.scala 154:93]
  assign _T_262 = trialTerm[7:7]; // @[PositDivisionSqrt.scala 162:56]
  assign _T_263 = _T_253 ^ _T_262; // @[PositDivisionSqrt.scala 162:40]
  assign _T_266 = rem + trialTerm; // @[PositDivisionSqrt.scala 163:97]
  assign _T_268 = rem - trialTerm; // @[PositDivisionSqrt.scala 164:97]
  assign _T_269 = _T_263 ? _T_266 : _T_268; // @[PositDivisionSqrt.scala 161:92]
  assign _T_274 = {rem, 1'h0}; // @[PositDivisionSqrt.scala 168:98]
  assign _T_275 = _T_274[7:0]; // @[PositDivisionSqrt.scala 168:108]
  assign _T_277 = _T_275 + trialTerm; // @[PositDivisionSqrt.scala 168:112]
  assign _T_281 = _T_275 - trialTerm; // @[PositDivisionSqrt.scala 169:112]
  assign _T_282 = _T_263 ? _T_277 : _T_281; // @[PositDivisionSqrt.scala 166:26]
  assign trialRem = ready ? _T_269 : _T_282; // @[PositDivisionSqrt.scala 159:27]
  assign _T_283 = trialRem != 8'h0; // @[PositDivisionSqrt.scala 173:35]
  assign trIsZero = _T_283 == 1'h0; // @[PositDivisionSqrt.scala 173:25]
  assign _T_284 = rem != 8'h0; // @[PositDivisionSqrt.scala 174:30]
  assign remIsZero = _T_284 == 1'h0; // @[PositDivisionSqrt.scala 174:25]
  assign _T_286 = trialRem[7:7]; // @[PositDivisionSqrt.scala 176:64]
  assign _T_287 = _T_262 ^ _T_286; // @[PositDivisionSqrt.scala 176:49]
  assign _T_288 = ~ _T_287; // @[PositDivisionSqrt.scala 176:29]
  assign _T_289 = sigX_Z[7:7]; // @[PositDivisionSqrt.scala 178:61]
  assign _T_290 = ~ _T_289; // @[PositDivisionSqrt.scala 178:49]
  assign _T_292 = remIsZero ? _T_289 : _T_288; // @[Mux.scala 87:16]
  assign newBit = trIsZero ? _T_290 : _T_292; // @[Mux.scala 87:16]
  assign _T_293 = cycleNum > 3'h2; // @[PositDivisionSqrt.scala 183:41]
  assign _T_294 = remIsZero == 1'h0; // @[PositDivisionSqrt.scala 183:51]
  assign _T_295 = _T_293 & _T_294; // @[PositDivisionSqrt.scala 183:48]
  assign _T_296 = entering_normalCase | _T_295; // @[PositDivisionSqrt.scala 183:28]
  assign _T_299 = _T_234 & newBit; // @[PositDivisionSqrt.scala 187:39]
  assign _T_300 = entering_normalCase | _T_299; // @[PositDivisionSqrt.scala 187:28]
  assign _T_303 = {newBit, 7'h0}; // @[PositDivisionSqrt.scala 188:47]
  assign _T_304 = _T_237 ? _T_303 : 8'h0; // @[PositDivisionSqrt.scala 188:18]
  assign _T_306 = _T_239 ? 6'h20 : 6'h0; // @[PositDivisionSqrt.scala 189:18]
  assign _GEN_16 = {{2'd0}, _T_306}; // @[PositDivisionSqrt.scala 188:72]
  assign _T_307 = _T_304 | _GEN_16; // @[PositDivisionSqrt.scala 188:72]
  assign _GEN_17 = {{1'd0}, bitMask}; // @[PositDivisionSqrt.scala 190:47]
  assign _T_309 = sigX_Z | _GEN_17; // @[PositDivisionSqrt.scala 190:47]
  assign _T_310 = _T_234 ? _T_309 : 8'h0; // @[PositDivisionSqrt.scala 190:18]
  assign _T_311 = _T_307 | _T_310; // @[PositDivisionSqrt.scala 189:72]
  assign _T_313 = {_T_289, 1'h0}; // @[PositDivisionSqrt.scala 196:53]
  assign sigXBias = scaleNotChange ? _T_313 : {{1'd0}, _T_289}; // @[PositDivisionSqrt.scala 196:21]
  assign _GEN_18 = {{6'd0}, sigXBias}; // @[PositDivisionSqrt.scala 197:25]
  assign realSigX = sigX_Z + _GEN_18; // @[PositDivisionSqrt.scala 197:25]
  assign _T_316 = realSigX[4:1]; // @[PositDivisionSqrt.scala 200:97]
  assign _T_317 = realSigX[3:0]; // @[PositDivisionSqrt.scala 201:97]
  assign realFrac = scaleNotChange ? _T_316 : _T_317; // @[PositDivisionSqrt.scala 198:21]
  assign _T_318 = realSigX[7]; // @[PositDivisionSqrt.scala 205:33]
  assign _T_319 = realSigX[5]; // @[PositDivisionSqrt.scala 205:58]
  assign _T_320 = _T_318 ^ _T_319; // @[PositDivisionSqrt.scala 205:48]
  assign scaleNeedSub = ~ _T_320; // @[PositDivisionSqrt.scala 205:23]
  assign _T_322 = realSigX[4]; // @[PositDivisionSqrt.scala 206:56]
  assign notNeedSubTwo = _T_318 ^ _T_322; // @[PositDivisionSqrt.scala 206:46]
  assign scaleSubOne = scaleNeedSub & notNeedSubTwo; // @[PositDivisionSqrt.scala 207:36]
  assign _T_323 = ~ notNeedSubTwo; // @[PositDivisionSqrt.scala 208:38]
  assign scaleSubTwo = scaleNeedSub & _T_323; // @[PositDivisionSqrt.scala 208:36]
  assign _T_324 = {scaleSubTwo,scaleSubOne}; // @[Cat.scala 29:58]
  assign _T_325 = {1'b0,$signed(_T_324)}; // @[PositDivisionSqrt.scala 209:63]
  assign _GEN_19 = {{3{_T_325[2]}},_T_325}; // @[PositDivisionSqrt.scala 209:31]
  assign _T_327 = $signed(scale_Z) - $signed(_GEN_19); // @[PositDivisionSqrt.scala 209:31]
  assign realExp = $signed(_T_327); // @[PositDivisionSqrt.scala 209:31]
  assign underflow = $signed(realExp) < $signed(-6'shc); // @[PositDivisionSqrt.scala 210:31]
  assign overflow = $signed(realExp) > $signed(6'shc); // @[PositDivisionSqrt.scala 211:31]
  assign decQ_sign = realSigX[7:7]; // @[PositDivisionSqrt.scala 215:33]
  assign _T_329 = underflow ? $signed(-6'shc) : $signed(realExp); // @[Mux.scala 87:16]
  assign _T_330 = overflow ? $signed(6'shc) : $signed(_T_329); // @[Mux.scala 87:16]
  assign outValid = cycleNum == 3'h1; // @[PositDivisionSqrt.scala 229:28]
  assign _GEN_20 = _T_330[4:0]; // @[PositDivisionSqrt.scala 204:27 PositDivisionSqrt.scala 216:23]
  assign decQ_scale = $signed(_GEN_20); // @[PositDivisionSqrt.scala 204:27 PositDivisionSqrt.scala 216:23]
  assign _T_335 = decQ_scale[0]; // @[convert.scala 46:61]
  assign _T_336 = ~ _T_335; // @[convert.scala 46:52]
  assign _T_338 = decQ_sign ? _T_336 : _T_335; // @[convert.scala 46:42]
  assign _T_339 = decQ_scale[4:1]; // @[convert.scala 48:34]
  assign _T_340 = _T_339[3:3]; // @[convert.scala 49:36]
  assign _T_342 = ~ _T_339; // @[convert.scala 50:36]
  assign _T_343 = $signed(_T_342); // @[convert.scala 50:36]
  assign _T_344 = _T_340 ? $signed(_T_343) : $signed(_T_339); // @[convert.scala 50:28]
  assign _T_345 = _T_340 ^ decQ_sign; // @[convert.scala 51:31]
  assign _T_346 = ~ _T_345; // @[convert.scala 52:43]
  assign _T_350 = {_T_346,_T_345,_T_338,realFrac,3'h0}; // @[Cat.scala 29:58]
  assign _T_351 = $unsigned(_T_344); // @[Shift.scala 39:17]
  assign _T_352 = _T_351 < 4'ha; // @[Shift.scala 39:24]
  assign _T_354 = _T_350[9:8]; // @[Shift.scala 90:30]
  assign _T_355 = _T_350[7:0]; // @[Shift.scala 90:48]
  assign _T_356 = _T_355 != 8'h0; // @[Shift.scala 90:57]
  assign _GEN_21 = {{1'd0}, _T_356}; // @[Shift.scala 90:39]
  assign _T_357 = _T_354 | _GEN_21; // @[Shift.scala 90:39]
  assign _T_358 = _T_351[3]; // @[Shift.scala 12:21]
  assign _T_359 = _T_350[9]; // @[Shift.scala 12:21]
  assign _T_361 = _T_359 ? 8'hff : 8'h0; // @[Bitwise.scala 71:12]
  assign _T_362 = {_T_361,_T_357}; // @[Cat.scala 29:58]
  assign _T_363 = _T_358 ? _T_362 : _T_350; // @[Shift.scala 91:22]
  assign _T_364 = _T_351[2:0]; // @[Shift.scala 92:77]
  assign _T_365 = _T_363[9:4]; // @[Shift.scala 90:30]
  assign _T_366 = _T_363[3:0]; // @[Shift.scala 90:48]
  assign _T_367 = _T_366 != 4'h0; // @[Shift.scala 90:57]
  assign _GEN_22 = {{5'd0}, _T_367}; // @[Shift.scala 90:39]
  assign _T_368 = _T_365 | _GEN_22; // @[Shift.scala 90:39]
  assign _T_369 = _T_364[2]; // @[Shift.scala 12:21]
  assign _T_370 = _T_363[9]; // @[Shift.scala 12:21]
  assign _T_372 = _T_370 ? 4'hf : 4'h0; // @[Bitwise.scala 71:12]
  assign _T_373 = {_T_372,_T_368}; // @[Cat.scala 29:58]
  assign _T_374 = _T_369 ? _T_373 : _T_363; // @[Shift.scala 91:22]
  assign _T_375 = _T_364[1:0]; // @[Shift.scala 92:77]
  assign _T_376 = _T_374[9:2]; // @[Shift.scala 90:30]
  assign _T_377 = _T_374[1:0]; // @[Shift.scala 90:48]
  assign _T_378 = _T_377 != 2'h0; // @[Shift.scala 90:57]
  assign _GEN_23 = {{7'd0}, _T_378}; // @[Shift.scala 90:39]
  assign _T_379 = _T_376 | _GEN_23; // @[Shift.scala 90:39]
  assign _T_380 = _T_375[1]; // @[Shift.scala 12:21]
  assign _T_381 = _T_374[9]; // @[Shift.scala 12:21]
  assign _T_383 = _T_381 ? 2'h3 : 2'h0; // @[Bitwise.scala 71:12]
  assign _T_384 = {_T_383,_T_379}; // @[Cat.scala 29:58]
  assign _T_385 = _T_380 ? _T_384 : _T_374; // @[Shift.scala 91:22]
  assign _T_386 = _T_375[0:0]; // @[Shift.scala 92:77]
  assign _T_387 = _T_385[9:1]; // @[Shift.scala 90:30]
  assign _T_388 = _T_385[0:0]; // @[Shift.scala 90:48]
  assign _GEN_24 = {{8'd0}, _T_388}; // @[Shift.scala 90:39]
  assign _T_390 = _T_387 | _GEN_24; // @[Shift.scala 90:39]
  assign _T_392 = _T_385[9]; // @[Shift.scala 12:21]
  assign _T_393 = {_T_392,_T_390}; // @[Cat.scala 29:58]
  assign _T_394 = _T_386 ? _T_393 : _T_385; // @[Shift.scala 91:22]
  assign _T_397 = _T_359 ? 10'h3ff : 10'h0; // @[Bitwise.scala 71:12]
  assign _T_398 = _T_352 ? _T_394 : _T_397; // @[Shift.scala 39:10]
  assign _T_399 = _T_398[3]; // @[convert.scala 55:31]
  assign _T_400 = _T_398[2]; // @[convert.scala 56:31]
  assign _T_401 = _T_398[1]; // @[convert.scala 57:31]
  assign _T_402 = _T_398[0]; // @[convert.scala 58:31]
  assign _T_403 = _T_398[9:3]; // @[convert.scala 59:69]
  assign _T_404 = _T_403 != 7'h0; // @[convert.scala 59:81]
  assign _T_405 = ~ _T_404; // @[convert.scala 59:50]
  assign _T_407 = _T_403 == 7'h7f; // @[convert.scala 60:81]
  assign _T_408 = _T_399 | _T_401; // @[convert.scala 61:44]
  assign _T_409 = _T_408 | _T_402; // @[convert.scala 61:52]
  assign _T_410 = _T_400 & _T_409; // @[convert.scala 61:36]
  assign _T_411 = ~ _T_407; // @[convert.scala 62:63]
  assign _T_412 = _T_411 & _T_410; // @[convert.scala 62:103]
  assign _T_413 = _T_405 | _T_412; // @[convert.scala 62:60]
  assign _GEN_25 = {{6'd0}, _T_413}; // @[convert.scala 63:56]
  assign _T_416 = _T_403 + _GEN_25; // @[convert.scala 63:56]
  assign _T_417 = {decQ_sign,_T_416}; // @[Cat.scala 29:58]
  assign _T_419 = isZero_Z ? 8'h0 : _T_417; // @[Mux.scala 87:16]
  assign io_inReady = cycleNum <= 3'h1; // @[PositDivisionSqrt.scala 231:17]
  assign io_diviValid = outValid & _T_243; // @[PositDivisionSqrt.scala 232:17]
  assign io_sqrtValid = outValid & sqrtOp_Z; // @[PositDivisionSqrt.scala 233:17]
  assign io_invalidExc = isNaR_Z; // @[PositDivisionSqrt.scala 234:17]
  assign io_Q = isNaR_Z ? 8'h80 : _T_419; // @[PositDivisionSqrt.scala 235:17]
`ifdef RANDOMIZE_GARBAGE_ASSIGN
`define RANDOMIZE
`endif
`ifdef RANDOMIZE_INVALID_ASSIGN
`define RANDOMIZE
`endif
`ifdef RANDOMIZE_REG_INIT
`define RANDOMIZE
`endif
`ifdef RANDOMIZE_MEM_INIT
`define RANDOMIZE
`endif
`ifndef RANDOM
`define RANDOM $random
`endif
`ifdef RANDOMIZE_MEM_INIT
  integer initvar;
`endif
initial begin
  `ifdef RANDOMIZE
    `ifdef INIT_RANDOM
      `INIT_RANDOM
    `endif
    `ifndef VERILATOR
      `ifdef RANDOMIZE_DELAY
        #`RANDOMIZE_DELAY begin end
      `else
        #0.002 begin end
      `endif
    `endif
  `ifdef RANDOMIZE_REG_INIT
  _RAND_0 = {1{`RANDOM}};
  cycleNum = _RAND_0[2:0];
  `endif // RANDOMIZE_REG_INIT
  `ifdef RANDOMIZE_REG_INIT
  _RAND_1 = {1{`RANDOM}};
  sqrtOp_Z = _RAND_1[0:0];
  `endif // RANDOMIZE_REG_INIT
  `ifdef RANDOMIZE_REG_INIT
  _RAND_2 = {1{`RANDOM}};
  isNaR_Z = _RAND_2[0:0];
  `endif // RANDOMIZE_REG_INIT
  `ifdef RANDOMIZE_REG_INIT
  _RAND_3 = {1{`RANDOM}};
  isZero_Z = _RAND_3[0:0];
  `endif // RANDOMIZE_REG_INIT
  `ifdef RANDOMIZE_REG_INIT
  _RAND_4 = {1{`RANDOM}};
  scale_Z = _RAND_4[5:0];
  `endif // RANDOMIZE_REG_INIT
  `ifdef RANDOMIZE_REG_INIT
  _RAND_5 = {1{`RANDOM}};
  signB_Z = _RAND_5[0:0];
  `endif // RANDOMIZE_REG_INIT
  `ifdef RANDOMIZE_REG_INIT
  _RAND_6 = {1{`RANDOM}};
  fractB_Z = _RAND_6[3:0];
  `endif // RANDOMIZE_REG_INIT
  `ifdef RANDOMIZE_REG_INIT
  _RAND_7 = {1{`RANDOM}};
  rem_Z = _RAND_7[7:0];
  `endif // RANDOMIZE_REG_INIT
  `ifdef RANDOMIZE_REG_INIT
  _RAND_8 = {1{`RANDOM}};
  sigX_Z = _RAND_8[7:0];
  `endif // RANDOMIZE_REG_INIT
  `endif // RANDOMIZE
end
  always @(posedge clock) begin
    if (reset) begin
      cycleNum <= 3'h0;
    end else begin
      cycleNum <= _GEN_0[2:0];
    end
    if (entering) begin
      sqrtOp_Z <= io_sqrtOp;
    end
    if (entering) begin
      if (io_sqrtOp) begin
        isNaR_Z <= _T_186;
      end else begin
        isNaR_Z <= _T_188;
      end
    end
    if (entering) begin
      if (io_sqrtOp) begin
        isZero_Z <= decA_isZero;
      end else begin
        isZero_Z <= _T_192;
      end
    end
    if (entering_normalCase) begin
      if (io_sqrtOp) begin
        scale_Z <= {{2{_T_220[3]}},_T_220};
      end else begin
        scale_Z <= sExpQuot_S_div;
      end
    end
    if (_T_223) begin
      signB_Z <= _T_90;
    end
    if (_T_223) begin
      fractB_Z <= decB_fraction;
    end
    if (_T_296) begin
      if (ready) begin
        if (_T_263) begin
          rem_Z <= _T_266;
        end else begin
          rem_Z <= _T_268;
        end
      end else begin
        if (_T_263) begin
          rem_Z <= _T_277;
        end else begin
          rem_Z <= _T_281;
        end
      end
    end
    if (_T_300) begin
      sigX_Z <= _T_311;
    end
  end
endmodule